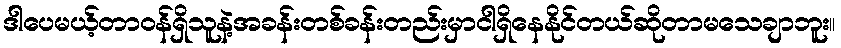
ဒါပေမယ့်တာဝန်ရှိသူနဲ့အခန်းတစ်ခန်းတည်းမှာငါရှိနေနိုင်တယ်ဆိုတာမသေချာဘူး။